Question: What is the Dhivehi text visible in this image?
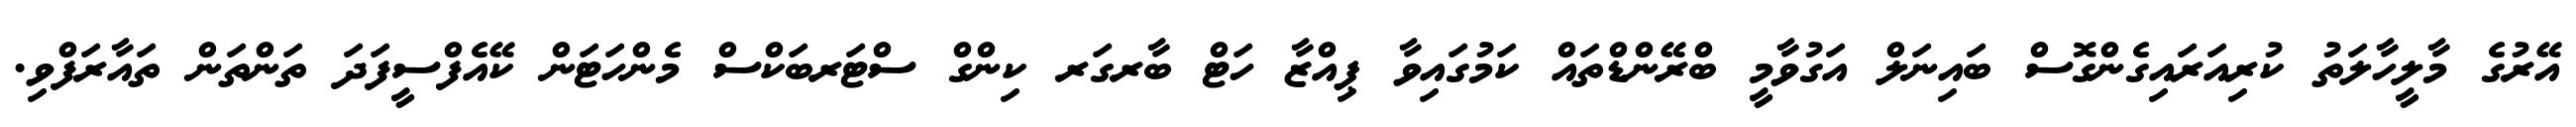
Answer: އޭރުގެ މާލީހާލަތު ކުރިއަރައިގެންގޮސް ބައިނަލް އަގުވާމީ ބްރޭންޑްތައް ކަމުގައިވާ ޕިއްޒާ ހަޓް ބާރގަރ ކިންގް ސްޓަރބަކްސް މެންހަޓަން ކޭއެފްސީފަދަ ތަންތަން ތައާރަފްވި.